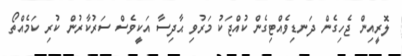
ލޮރީއިން ޖެހިގެން ދަނޑިވެއްޓިގެން ކުއްޖަކު މަރުވި ޙާދިސާ އަކީވެސް ސަރުކާރުން ކުރި ކަމެއްތޯ